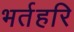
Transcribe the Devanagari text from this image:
भर्तहरि